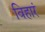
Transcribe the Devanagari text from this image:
विहारं